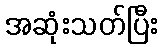
အဆုံးသတ်ပြီး